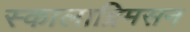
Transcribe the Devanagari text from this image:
स्कालाग्रिमसन